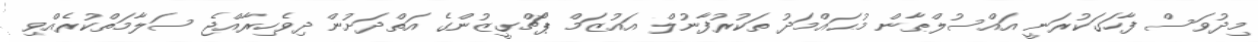
މިދުވަސް ފާހަގަކުރަނީ އައްސުލްޠާން މުޙައްމަދު ތަކުރުފާނުލް އައުޒަމް ޕޯޗްގީޒުންގެ އަތްދަށުން ދިވެހިރާއްޖެ ސަލާމަތްކުރެއްވި